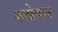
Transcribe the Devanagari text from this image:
श्लोक४